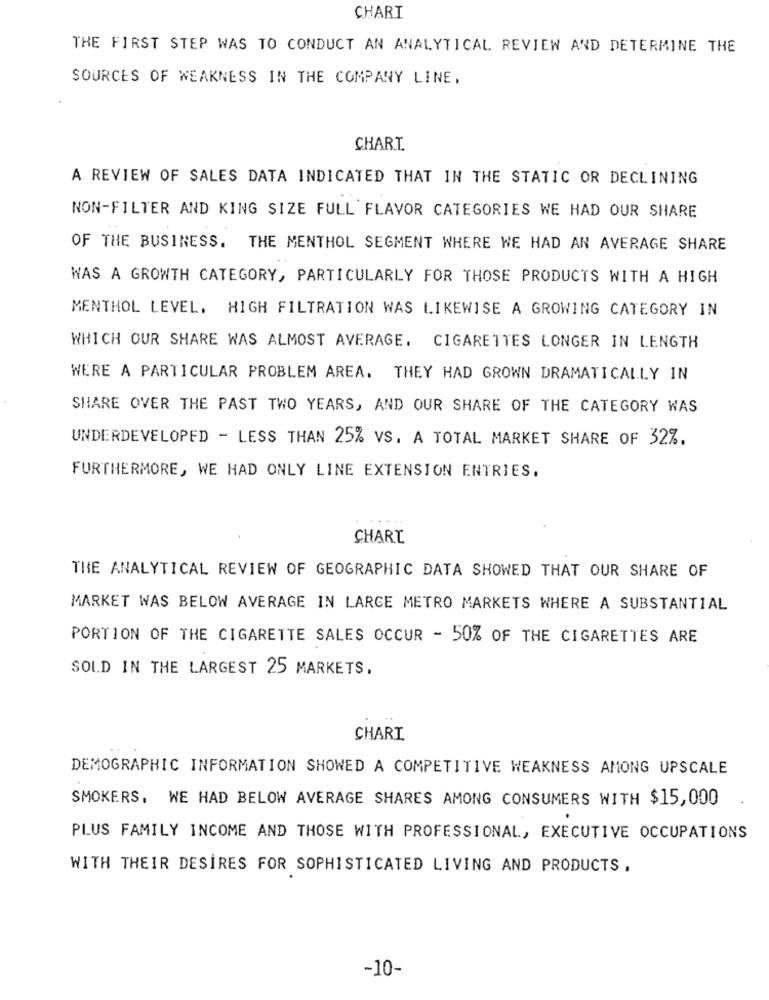
CHARI
THE FIRST STEP WAS TO CONDUCT AN ANALYTICAL REVIEW AND DETERMINE THE
SOURCES OF WEAKNESS IN THE COMPANY LINE,
CHART
A REVIEW OF SALES DATA INDICATED THAT IN THE STATIC OR DECLINING
NON-FILTER AND KING SIZE FULL FLAVOR CATEGORIES WE HAD OUR SHARE
OF THE BUSINESS. THE MENTHOL SEGMENT WHERE WE HAD AN AVERAGE SHARE
WAS A GROWTH CATEGORY, PARTICULARLY FOR THOSE PRODUCTS WITH A HIGH
MENTHOL LEVEL. HIGH FILTRATION WAS LIKEWISE A GROWING CATEGORY IN
WHICH OUR SHARE WAS ALMOST AVERAGE. CIGARETTES LONGER IN LENGTH
WERE A PARTICULAR PROBLEM AREA. THEY HAD GROWN DRAMATICALLY IN
SHARE OVER THE PAST TWO YEARS, AND OUR SHARE OF THE CATEGORY WAS
UNDERDEVELOPED - LESS THAN 25% VS. A TOTAL MARKET SHARE OF 32%.
FURTHERMORE, WE HAD ONLY LINE EXTENSION ENTRIES.
CHART
THE ANALYTICAL REVIEW OF GEOGRAPHIC DATA SHOWED THAT OUR SHARE OF
MARKET WAS BELOW AVERAGE IN LARGE METRO MARKETS WHERE A SUBSTANTIAL
PORTION OF THE CIGARETTE SALES OCCUR - 50% OF THE CIGARETTES ARE
SOLD IN THE LARGEST 25 MARKETS.
CHARI
DEMOGRAPHIC INFORMATION SHOWED A COMPETITIVE WEAKNESS AMONG UPSCALE
SMOKERS. WE HAD BELOW AVERAGE SHARES AMONG CONSUMERS WITH $15,000
PLUS FAMILY INCOME AND THOSE WITH PROFESSIONAL, EXECUTIVE OCCUPATIONS
WITH THEIR DESIRES FOR SOPHISTICATED LIVING AND PRODUCTS .
-10-